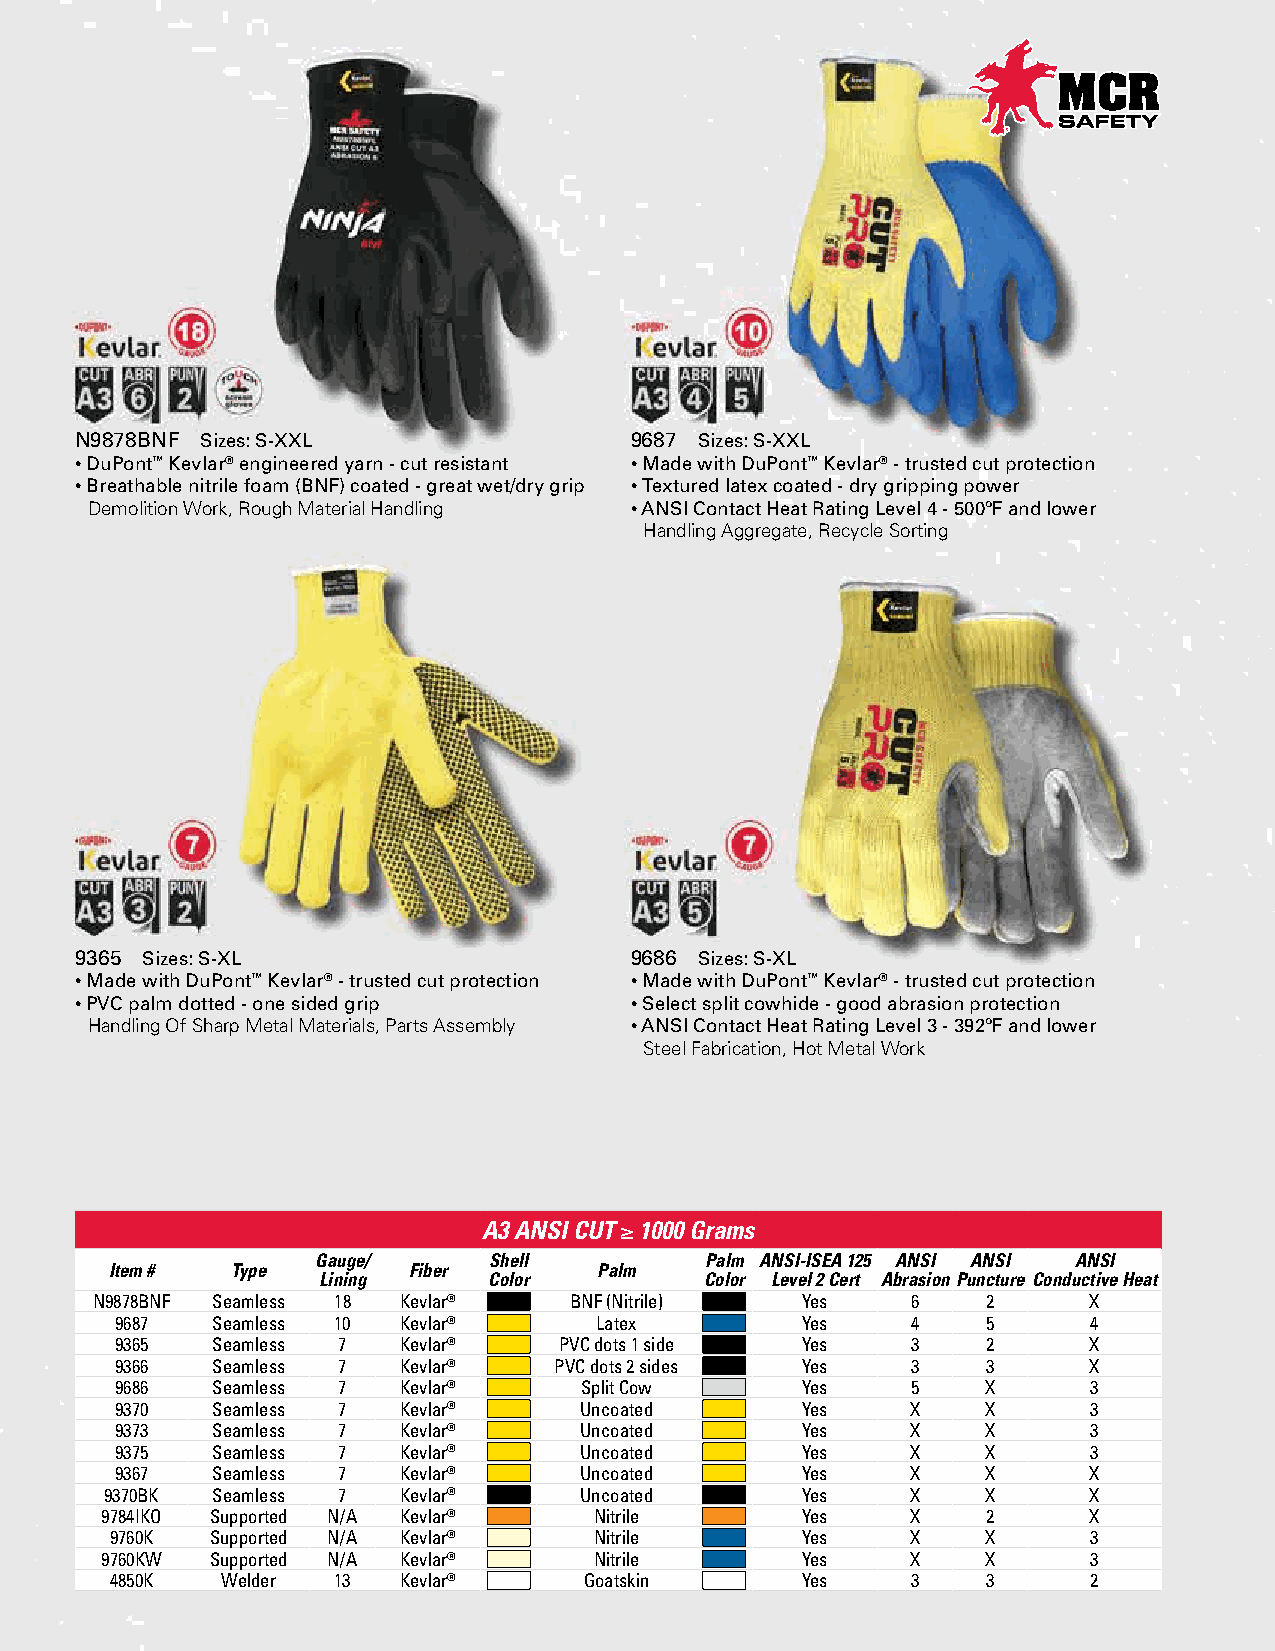
N9878BNF Sizes: S-XXL                9687 Sizes: S-XXL
 • DuPont™ Kevlar® engineered yarn - cut resistant • Made with DuPont™ Kevlar® - trusted cut protection
 • Breathable nitrile foam (BNF) coated - great wet/dry grip • Textured latex coated - dry gripping power
 Demolition Work, Rough Material Handling • ANSI Contact Heat Rating Level 4 - 500ºF and lower
 Handling Aggregate, Recycle Sorting
 9365 Sizes: S-XL                     9686 Sizes: S-XL
 • Made with DuPont™ Kevlar® - trusted cut protection • Made with DuPont™ Kevlar® - trusted cut protection
 • PVC palm dotted - one sided grip   • Select split cowhide - good abrasion protection
 Handling Of Sharp Metal Materials, Parts Assembly • ANSI Contact Heat Rating Level 3 - 392ºF and lower
 Steel Fabrication, Hot Metal Work
 A3 ANSI CUT ≥ 1000 Grams
 Gauge/     Shell          Palm ANSI-ISEA 125 ANSI ANSI ANSI
 Item #  Type        Fiber        Palm
 Lining     Color          Color Level 2 Cert Abrasion Puncture Conductive Heat
 N9878BNF Seamless 18 Kevlar®    BNF (Nitrile)  Yes    6    2      X
 9687  Seamless 10 Kevlar®      Latex         Yes    4    5      4
 9365  Seamless 7  Kevlar®    PVC dots 1 side Yes    3    2      X
 9366  Seamless 7  Kevlar®    PVC dots 2 sides Yes   3    3      X
 9686  Seamless 7  Kevlar®     Split Cow      Yes    5    X      3
 9370  Seamless 7  Kevlar®     Uncoated       Yes    X    X      3
 9373  Seamless 7  Kevlar®     Uncoated       Yes    X    X      3
 9375  Seamless 7  Kevlar®     Uncoated       Yes    X    X      3
 9367  Seamless 7  Kevlar®     Uncoated       Yes    X    X      X
 9370BK Seamless 7  Kevlar®     Uncoated       Yes    X    X      X
 9784IKO Supported N/A Kevlar®   Nitrile       Yes    X    2      X
 9760K  Supported N/A Kevlar®    Nitrile       Yes    X    X      3
 9760KW Supported N/A Kevlar®    Nitrile       Yes    X    X      3
 4850K   Welder 13  Kevlar®      Goatskin      Yes    3    3      2